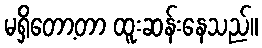
မရှိတော့တာ ထူးဆန်းနေသည်။